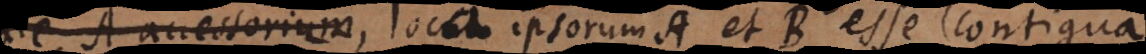
A accessorium, locum loca ipsorum A et B esse contigua.